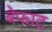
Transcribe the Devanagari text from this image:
बेफाट